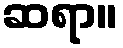
ဆရာ။